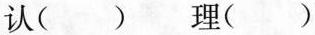
认() 理()